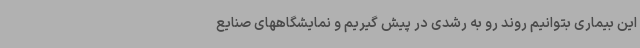
این بیماری بتوانیم روند رو به رشدی در پیش گیریم و نمایشگاههای صنایع